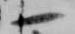
一